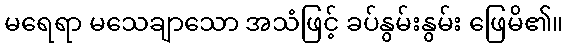
မရေရာ မသေချာသော အသံဖြင့် ခပ်နွမ်းနွမ်း ဖြေမိ၏။